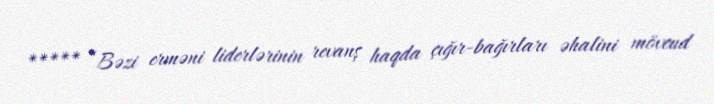
***** “Bəzi erməni liderlərinin revanş haqda çığır-bağırları əhalini mövcud